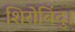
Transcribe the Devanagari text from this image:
शिरोबिंदु।